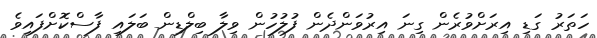
ހަތަރު ގަޑި އިރަށްވުރެން ގިނަ އިރުވަންދެން ފުލުހުން ވިލާ ބިލްޑިން ބަލައި ފާސްކޮށްފައިވެ